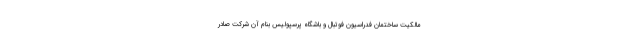
مالکیت ساختمان فدراسیون فوتبال و باشگاه پرسپولیس بنام آن شرکت صادر